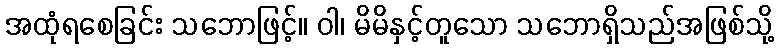
အထုံရစေခြင်း သဘောဖြင့်။ ဝါ၊ မိမိနှင့်တူသော သဘောရှိသည်အဖြစ်သို့